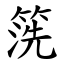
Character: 箲